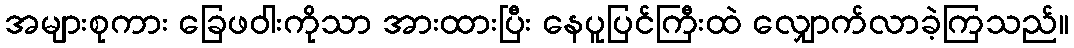
အများစုကား ခြေဖဝါးကိုသာ အားထားပြီး နေပူပြင်ကြီးထဲ လျှောက်လာခဲ့ကြသည်။